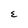
Character: E